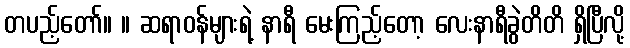
တပည့်တော်။ ။ ဆရာဝန်များရဲ့ နာရီ မေးကြည့်တော့ လေးနာရီခွဲတိတိ ရှိပြီလို့